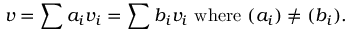
v = \sum a _ { i } v _ { i } = \sum b _ { i } v _ { i } { \mathrm { ~ w h e r e ~ } } ( a _ { i } ) \neq ( b _ { i } ) .